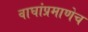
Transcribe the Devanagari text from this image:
वाघांप्रमाणेच